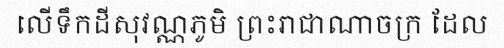
លើទឹកដីសុវណ្ណភូមិ ព្រះរាជាណាចក្រ ដែល